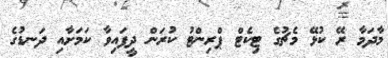
މާދަމާ ރޭ ކުޅޭ މެޗުގެ ޓިކެޓް ޕްރިންޓު ކުރަން ދީފައިވާ ކަމަށާއި ދަނޑުގެ